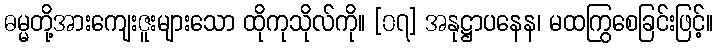
ဓမ္မတို့အားကျေးဇူးများသော ထိုကုသိုလ်ကို။ [၀၇] အနုဋ္ဌာပနေန၊ မထကြွစေခြင်းဖြင့်။